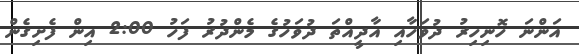
އަންނަ ހޮނިހިރު ދުވަހާއި އާދީއްތަ ދުވަހުގެ މެންދުރު ފަހު 2:00 އިން ފެށިގެން